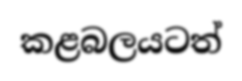
කළබලයටත්